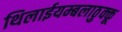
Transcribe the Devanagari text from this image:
थिलाईयम्बलाठुक्कू